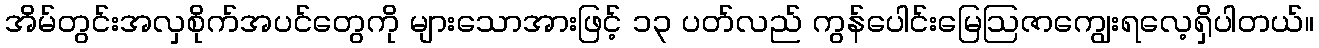
အိမ်တွင်းအလှစိုက်အပင်တွေကို များသောအားဖြင့် ၁၃ ပတ်လည် ကွန်ပေါင်းမြေဩဇာကျွေးရလေ့ရှိပါတယ်။